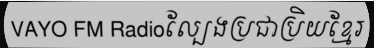
VAYO FM Radioល្បែងប្រជាប្រិយខ្មែរ